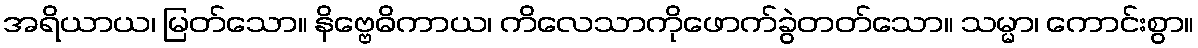
အရိယာယ၊ မြတ်သော။ နိဗ္ဗေဓိကာယ၊ ကိလေသာကိုဖောက်ခွဲတတ်သော။ သမ္မာ၊ ကောင်းစွာ။